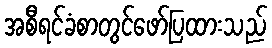
အစီရင်ခံစာတွင်ဖော်ပြထားသည်